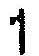
1